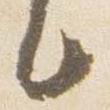
言